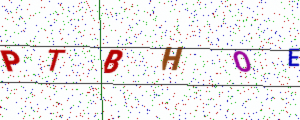
Text: PTBHOE